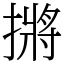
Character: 摪